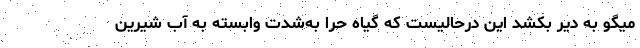
میگو به دیّر بکشد این درحالیست که گیاه حرّا به‌شدت وابسته به آب شیرین